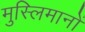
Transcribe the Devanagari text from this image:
मुस्लिमानों